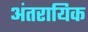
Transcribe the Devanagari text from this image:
अंतरायिक